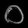
Digit: ၀